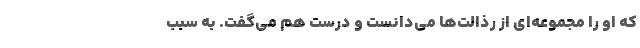
که او را مجموعه‌ای از رذالت‌ها می‌دانست و درست هم می‌گفت. به سبب